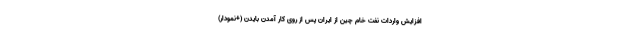
افزایش واردات نفت خام چین از ایران پس از روی کار آمدن بایدن (+نمودار)